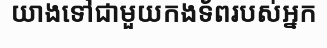
យាងទៅជាមួយកងទ័ពរបស់អ្នក